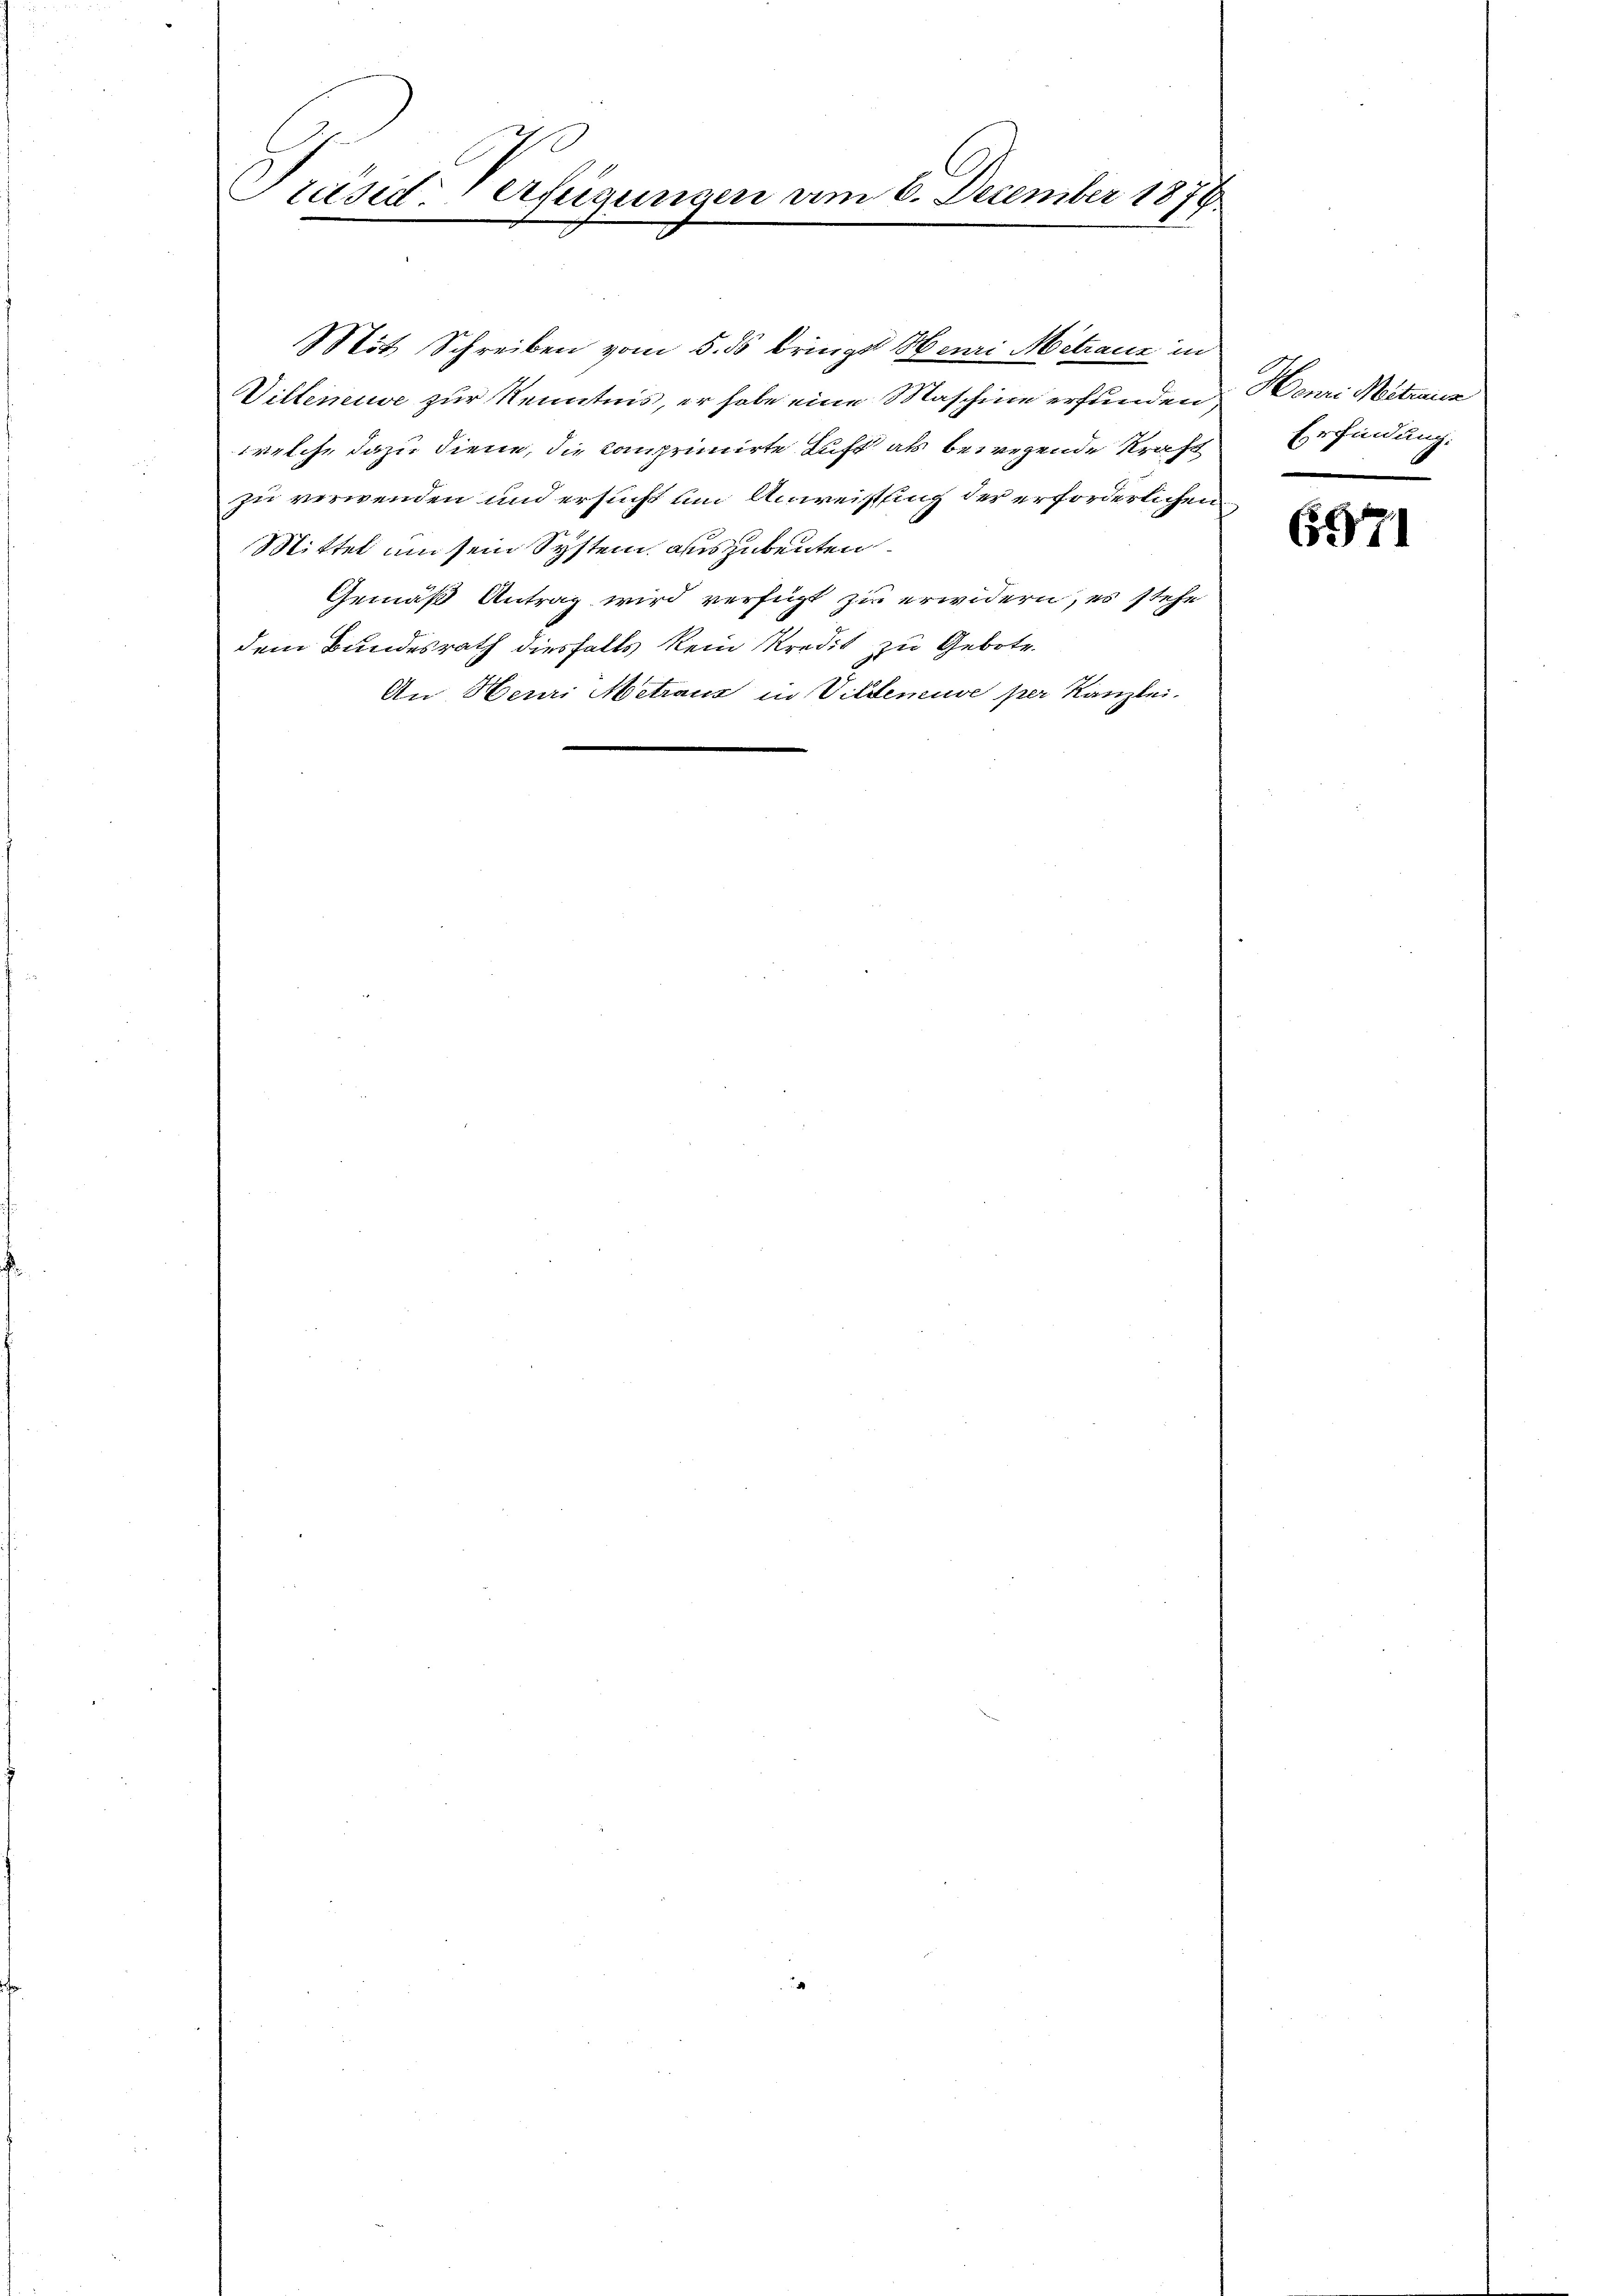
Präsiderfeigungen am 6. December 1879

Mit Schreiben vom 5. ds bringe Henri Metrauz in
Vitteneuve zur Kenntnis, er habe eine Maschine erfunden
welche dazu diene, die Comprimirte Luft als bewegende Kraft
zu verwenden und ersucht um Anweisung der erforderlichen
Mittel um sein System auszubeuten
Gemäß Antrag wird verfügt zu erwidern, es stehe
dem Bundesrath diesfalls kein Kredit zu Gebote
An Heuri Metraus in Villeneuve per Kanzlei.

Henri Meteria
Erfindung.
2

6971